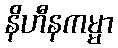
နိဟီနကမ္မာ